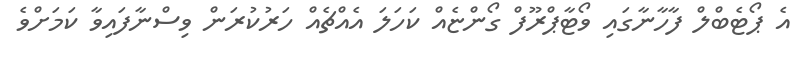
އެ ޕޯޓެބްލް ފާހާނާގައި ވޯޓާޕްރޫފް ގޯންޏެއް ކަހަލަ އެއްޗެއް ހަރުކުރަން ވިސްނާފައިވާ ކަމަށްވެ